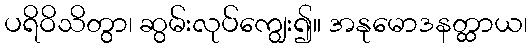
ပရိဝိသိတွာ၊ ဆွမ်းလုပ်ကျွေး၍။ အနုမောဒနတ္ထာယ၊